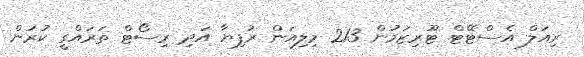
ރިއަލް އެސްޓޭޓް ޓޫރިޒަމުން 213 މިލިއަން ރުފިޔާ އަދި ރިސޯޓް ތަރައްގީ ކުރަން